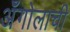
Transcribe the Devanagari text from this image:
अँगोलाची